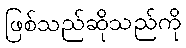
ဖြစ်သည်ဆိုသည်ကို